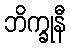
ဘိက္ခုနီ